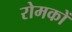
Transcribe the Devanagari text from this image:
रोमकों